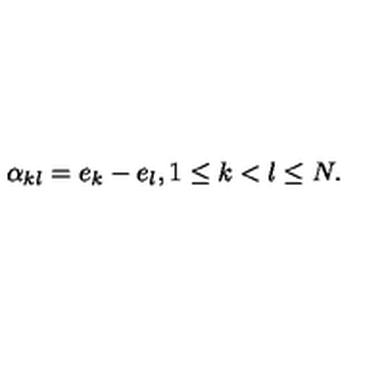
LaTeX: \alpha _ { k l } = e _ { k } - e _ { l } , 1 \le k < l \le N .